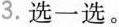
3.选一选。